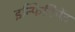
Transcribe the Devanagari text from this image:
इन्फिनिमेंट